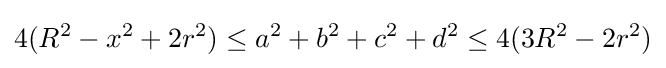
4(R^{2}-x^{2}+2r^{2})\leq a^{2}+b^{2}+c^{2}+d^{2}\leq 4(3R^{2}-2r^{2})